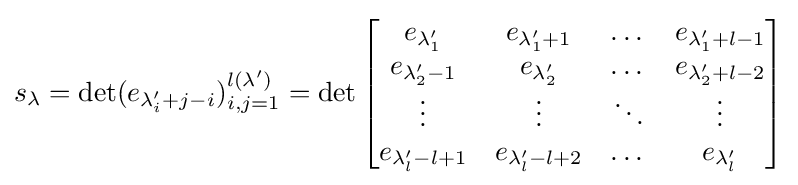
s_{\lambda }=\det(e_{\lambda '_{i}+j-i})_{i,j=1}^{l(\lambda ')}=\det \left[{\begin{matrix}e_{\lambda '_{1}}&e_{\lambda '_{1}+1}&\dots &e_{\lambda '_{1}+l-1}\\e_{\lambda '_{2}-1}&e_{\lambda '_{2}}&\dots &e_{\lambda '_{2}+l-2}\\\vdots &\vdots &\ddots &\vdots \\e_{\lambda '_{l}-l+1}&e_{\lambda '_{l}-l+2}&\dots &e_{\lambda '_{l}}\end{matrix}}\right]